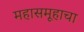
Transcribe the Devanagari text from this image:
महासमूहाचा